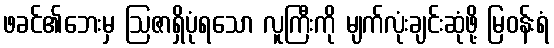
ဖခင်၏ဘေးမှ ဩဇာရှိပုံရသော လူကြီးကို မျက်လုံးချင်းဆုံဖို့ မြဝန်းရံ